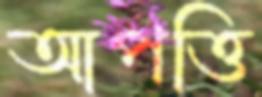
আপত্তি